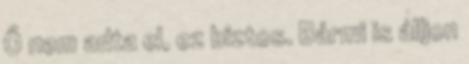
Ő nem adta el, ez biztos. Bármi is álljon